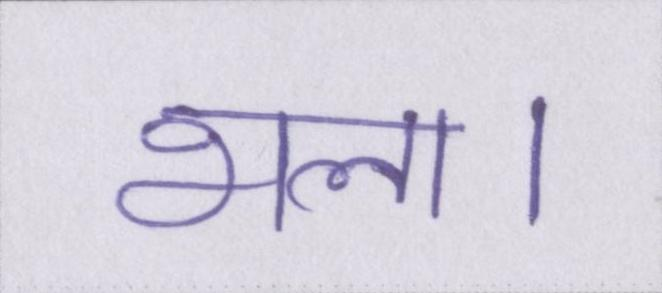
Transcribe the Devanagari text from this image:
भला।